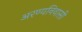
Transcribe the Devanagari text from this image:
अरण्यनिवासी